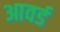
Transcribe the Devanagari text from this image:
आवर्ड